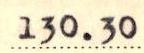
130.30